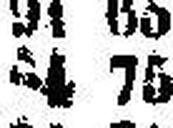
84 75